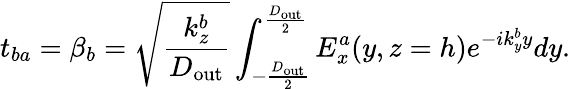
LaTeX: t_{ba}=\beta_{b}=\sqrt{\frac{k_{z}^{b}}{D_{\mathrm{out}}}}\int_{-\frac{D_{\mathrm{out}}}{2}}^{\frac{D_{\mathrm{out}}}{2}}E_{x}^{a}(y,z=h)e^{-ik_{y}^{b}y}dy.